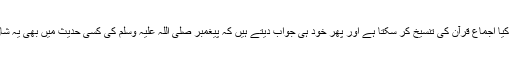
اقبال اغنادیس کے حوالے سے یہ سوال اٹھاتے ہیں کہ کیا اجماع قرآن کی تنسیخ کر سکتا ہے اور پھر خود ہی جواب دیتے ہیں کہ پیغمبر صلی اللہ علیہ وسلم کی کسی حدیث میں بھی یہ شان نہیں کہ وہ قرآن کے کسی حکم کی تنسیخ کر سکے۔